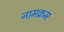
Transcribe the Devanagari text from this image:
नामक्रम